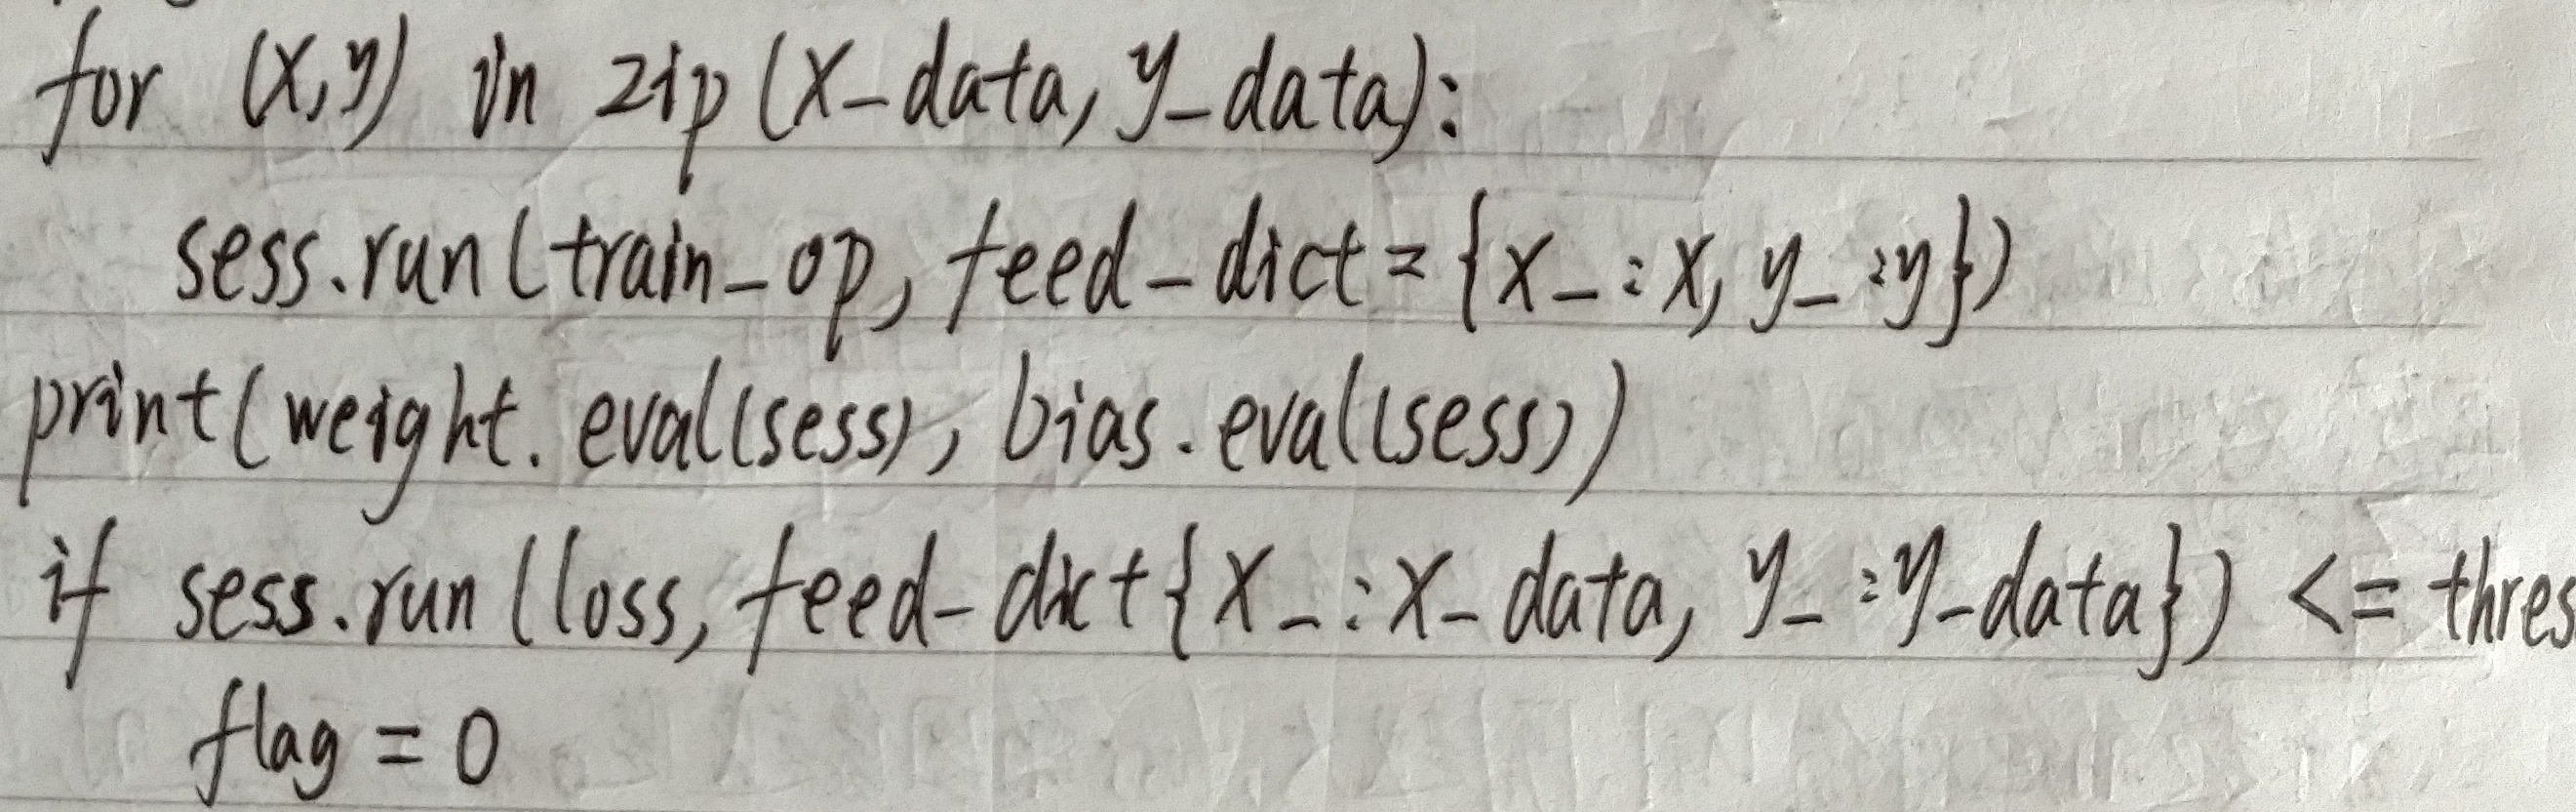
for $(x,y)$ in zip $(X - data, y - data)$:
    sess.run(train - op, feed - dict = $\{x_{-}:x, y_{-}:y\}$)
print(weight.eval(sess), bias.eval(sess))
if sess.run(loss, feed - dict $\{x_{-}:X - data, y_{-}:y - data\}$) $\leq$ thres
    flag = 0